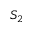
S _ { 2 }